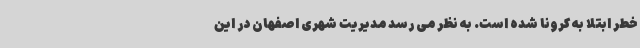
خطر ابتلا به کرونا شده است. به نظر می رسد مدیریت شهری اصفهان در این